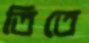
তিতে